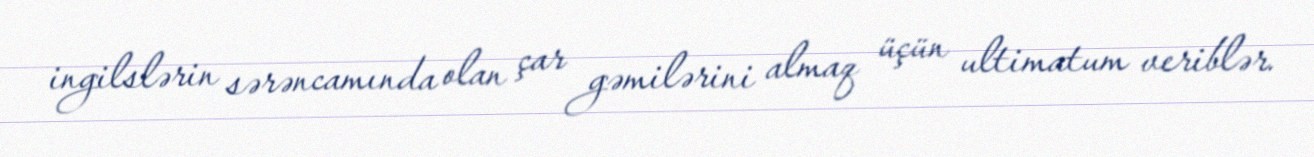
ingilslərin sərəncamında olan çar gəmilərini almaq üçün ultimatum veriblər.